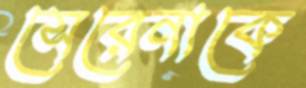
সেরেনাকে